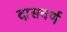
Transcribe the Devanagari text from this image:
दासवर्ण